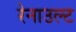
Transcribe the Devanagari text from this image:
रेनाउल्ट